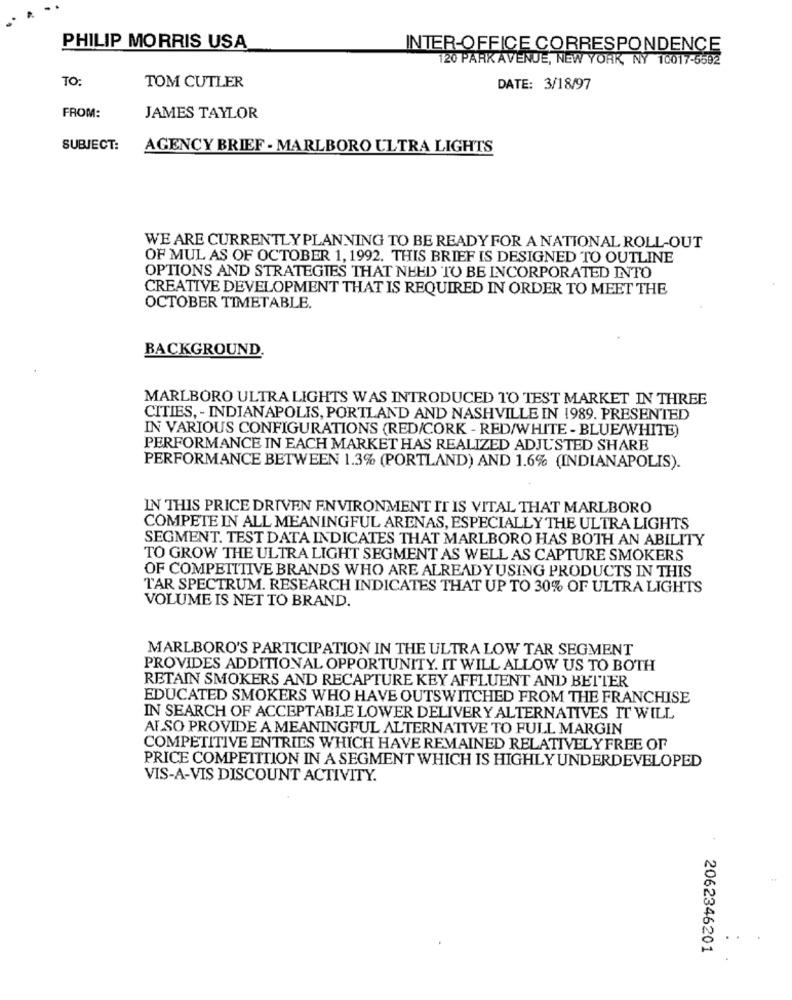
PHILIP MORRIS USA
INTER-OFFICE CORRESPONDENCE
120 PARK AVENUE, NEW YORK, NY 10017-5592
TO:
TOM CUTLER
DATE: 3/18/97
FROM:
JAMES TAYLOR
SUBJECT:
AGENCY BRIEF - MARLBORO ULTRA LIGHTS
WE ARE CURRENTLY PLANNING TO BE READY FOR A NATIONAL ROLL-OUT
OF MUL AS OF OCTOBER 1, 1992. THIS BRIEF IS DESIGNED TO OUTLINE
OPTIONS AND STRATEGIES THAT NEED TO BE INCORPORATED INTO
CREATIVE DEVELOPMENT THAT IS REQUIRED IN ORDER TO MEET THE
OCTOBER TIMETABLE.
BACKGROUND.
MARLBORO ULTRA LIGHTS WAS INTRODUCED TO TEST MARKET IN THREE
CITIES, - INDIANAPOLIS, PORTLAND AND NASHVILLE IN 1989. PRESENTED
IN VARIOUS CONFIGURATIONS (RED/CORK - RED/WHITE - BLUE/WHITE)
PERFORMANCE IN EACH MARKET HAS REALIZED ADJUSTED SHARE
PERFORMANCE BETWEEN 1.3% (PORTLAND) AND 1.6% (INDIANAPOLIS).
IN THIS PRICE DRIVEN ENVIRONMENT IT IS VITAL THAT MARLBORO
COMPETE IN ALL MEANINGFUL ARENAS, ESPECIALLY THE ULTRA LIGHTS
SEGMENT. TEST DATA INDICATES THAT MARLBORO HAS BOTH AN ABILITY
TO GROW THE ULTRA LIGHT SEGMENT AS WELL AS CAPTURE SMOKERS
OF COMPETITIVE BRANDS WHO ARE ALREADYUSING PRODUCTS IN THIS
TAR SPECTRUM. RESEARCH INDICATES THAT UP TO 30% OF ULTRA LIGHTS
VOLUME IS NET TO BRAND.
MARLBORO'S PARTICIPATION IN THE ULTRA LOW TAR SEGMENT
PROVIDES ADDITIONAL OPPORTUNITY. IT WILL ALLOW US TO BOTH
RETAIN SMOKERS AND RECAPTURE KEY AFFLUENT AND BETTER
EDUCATED SMOKERS WHO HAVE OUTSWITCHED FROM THE FRANCHISE
IN SEARCH OF ACCEPTABLE LOWER DELIVERY ALTERNATIVES IT WILL
ALSO PROVIDE A MEANINGFUL ALTERNATIVE TO FULL MARGIN
COMPETITIVE ENTRIES WHICH HAVE REMAINED RELATIVELY FREE OF
PRICE COMPETITION IN A SEGMENT WHICH IS HIGHLY UNDERDEVELOPED
VIS-A-VIS DISCOUNT ACTIVITY.
2062346201